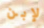
لإبن